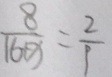
\frac { 8 } { 1 6 + x } = \frac { 2 } { 9 }